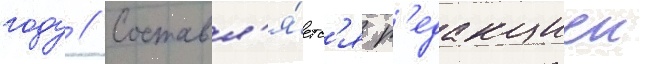
году // Составл'я́етс'я р'едакциеи